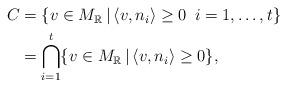
LaTeX: \begin{align*}\begin{aligned}C &= \{v \in M_{\mathbb R}\, | \, \langle v, n_i \rangle \geq 0\,\,\,{} i = 1, \dots, t\} \\ &= \bigcap_{i=1}^t \{v \in M_{\mathbb R}\, | \, \langle v, n_i \rangle \geq 0\},\end{aligned}\end{align*}